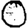
Digit: 0